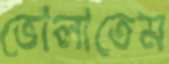
ভোলাতেম